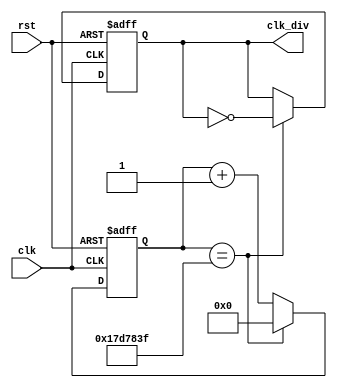
module clock_divider (
        input wire clk,
        input wire rst,
        output reg clk_div
);

localparam MAX_COUNT = 32'd25_000_000;

reg [31:0] counter;

always @(posedge clk or negedge rst)
begin
        if (!rst)
        begin
                counter <= 32'd0;
        end
        else if (counter == MAX_COUNT - 1)
        begin
                counter <= 32'd0;
        end
        else
        begin
                counter <= counter + 1;
        end
end

always @(posedge clk or negedge rst)
begin
        if (!rst)
        begin
                clk_div <= 32'b0;
        end
        else if (counter == MAX_COUNT - 1)
                clk_div <= ~clk_div;
        else
        begin
                clk_div <= clk_div;
        end
end

endmodule